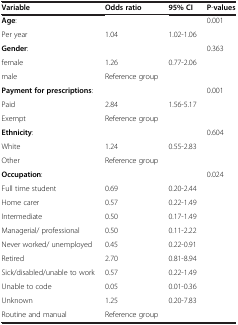
<table><thead><tr><td><b>Variable</b></td><td><b>Odds ratio</b></td><td><b>95% CI</b></td><td><b>P-values</b></td></tr></thead><tbody><tr><td><b>Age</b>:</td><td> </td><td> </td><td rowspan="2">0.001</td></tr><tr><td>Per year</td><td>1.04</td><td>1.02-1.06</td></tr><tr><td><b>Gender</b>:</td><td> </td><td> </td><td rowspan="3">0.363</td></tr><tr><td>female</td><td>1.26</td><td>0.77-2.06</td></tr><tr><td>male</td><td>Reference group</td><td> </td></tr><tr><td><b>Payment for prescriptions</b>:</td><td> </td><td> </td><td rowspan="3">0.001</td></tr><tr><td>Paid</td><td>2.84</td><td>1.56-5.17</td></tr><tr><td>Exempt</td><td>Reference group</td><td> </td></tr><tr><td><b>Ethnicity</b>:</td><td> </td><td> </td><td rowspan="3">0.604</td></tr><tr><td>White</td><td>1.24</td><td>0.55-2.83</td></tr><tr><td>Other</td><td>Reference group</td><td> </td></tr><tr><td><b>Occupation</b>:</td><td> </td><td> </td><td rowspan="10">0.024</td></tr><tr><td>Full time student</td><td>0.69</td><td>0.20-2.44</td></tr><tr><td>Home carer</td><td>0.57</td><td>0.22-1.49</td></tr><tr><td>Intermediate</td><td>0.50</td><td>0.17-1.49</td></tr><tr><td>Managerial/ professional</td><td>0.50</td><td>0.11-2.22</td></tr><tr><td>Never worked/ unemployed</td><td>0.45</td><td>0.22-0.91</td></tr><tr><td>Retired</td><td>2.70</td><td>0.81-8.94</td></tr><tr><td>Sick/disabled/unable to work</td><td>0.57</td><td>0.22-1.49</td></tr><tr><td>Unable to code</td><td>0.05</td><td>0.01-0.36</td></tr><tr><td>Unknown</td><td>1.25</td><td>0.20-7.83</td></tr><tr><td>Routine and manual</td><td>Reference group</td><td> </td><td> </td></tr></tbody></table>